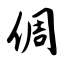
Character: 倜